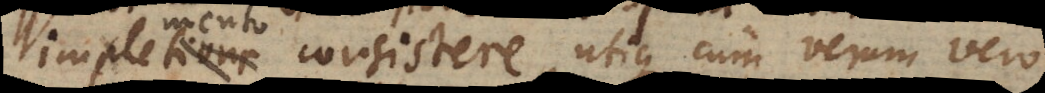
impletione consistere, utique cum verum vero